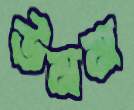
উমম